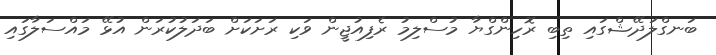
ބަނގްލަދޭޝްގައި ތިބި ރޮހިންގްޔާ މުސްލިމު ރެފިއުޖީން ވަކި ރަށަކަށް ބަދަލުކުރަން އުޅޭ މައްސަލާގައި